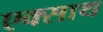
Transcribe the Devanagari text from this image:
एक्साथ